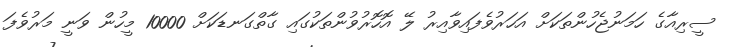
ސީރިއާގެ ހަމަނުޖެހުންތަކަށް އަހަރުވެފައިވާއިރު ލޭ އޮހޮރުވުންތަކުގައި ގާތްގަނޑަކަށް 10000 މީހުން ވަނީ މަރުވެފަ